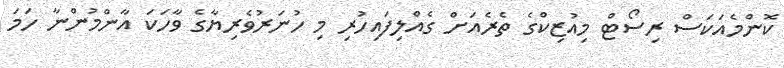
ކޮންމެއަކަސް ރިސޯޓް މިއުޒިކްގެ ތެރެއަށް ގެއްލިފައިހުރި މި ހުނަރުވެރިޔާގެ ވާހަކަ އާންމުންނާ ހަމަ